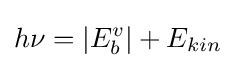
h\nu =|E_{b}^{v}|+E_{kin}